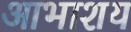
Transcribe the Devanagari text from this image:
आभाशय